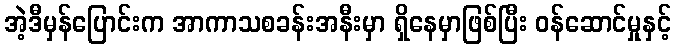
အဲ့ဒီမှန်ပြောင်းက အာကာသစခန်းအနီးမှာ ရှိနေမှာဖြစ်ပြီး ဝန်ဆောင်မှုနှင့်